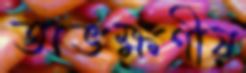
অভক্ষণীয়